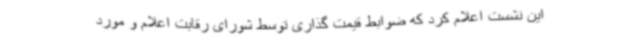
این نشست اعلام کرد که ضوابط قیمت گذاری توسط شورای رقابت اعلام و مورد